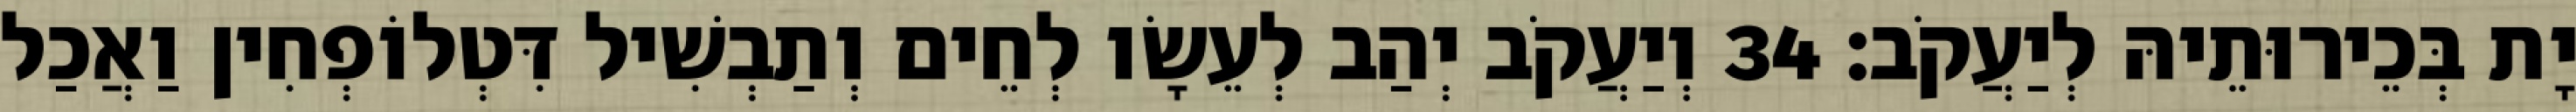
יָת בְּכֵירוּתֵיהּ לְיַעֲקֹב׃ 34 וְיַעֲקֹב יְהַב לְעֵשָׂו לְחֵים וְתַבְשִׁיל דִּטְלוֹפְחִין וַאֲכַל